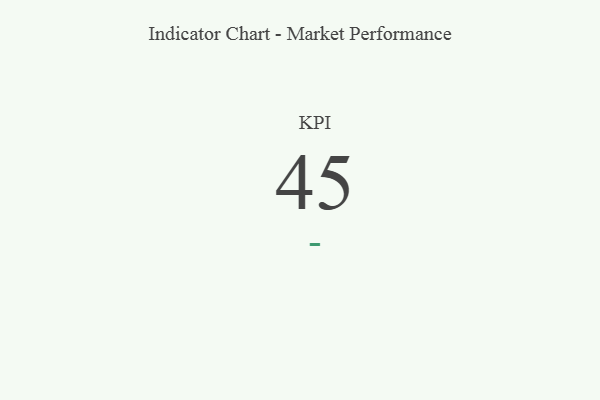
{"axis": {"x": "KPI", "y": "Value"}, "legend": [""], "data": [{"x": "KPI", "y": 45, "type": ""}]}